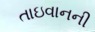
તાઇવાનની